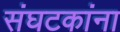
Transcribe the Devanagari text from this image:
संघटकांना